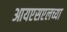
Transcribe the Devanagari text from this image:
आयएसएलच्या